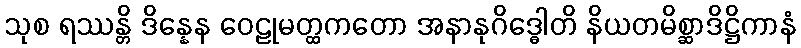
သုစ ရဿန္တိ ဒိန္နေန ဝေဠုမတ္ထကတော အနာနုဂိဒ္ဓေါတိ နိယတမိစ္ဆာဒိဋ္ဌိကာနံ